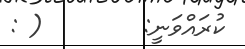
ކުރައްވަނީ:        ( :